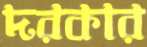
দরকার